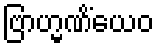
ဗြာဟ္မဏိံယေဝ